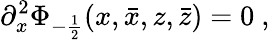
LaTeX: \partial_{x}^{2}\Phi_{-\frac{1}{2}}(x,\bar{x},z,\bar{z})=0~,